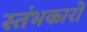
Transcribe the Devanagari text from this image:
स्‍तंभकारों